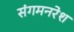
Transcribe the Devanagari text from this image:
संगमनरेश